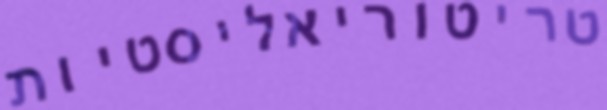
טריטוריאליסטיות